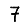
Digit: 7